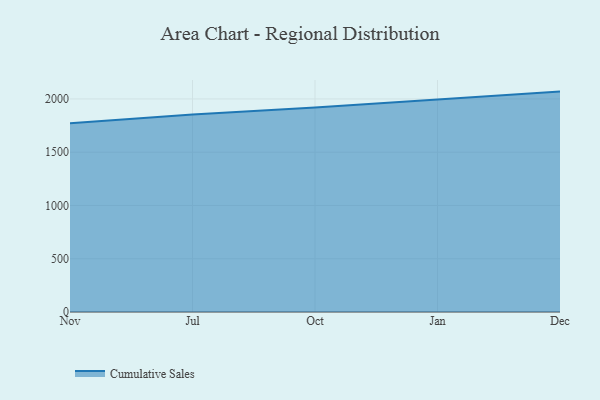
{"axis": {"x": "Month", "y": "Active Users"}, "legend": ["Cumulative Sales"], "data": [{"x": "Nov", "y": 1772.2, "type": "Cumulative Sales"}, {"x": "Jul", "y": 1854.8, "type": "Cumulative Sales"}, {"x": "Oct", "y": 1918.9, "type": "Cumulative Sales"}, {"x": "Jan", "y": 1993.6, "type": "Cumulative Sales"}, {"x": "Dec", "y": 2069.1, "type": "Cumulative Sales"}]}